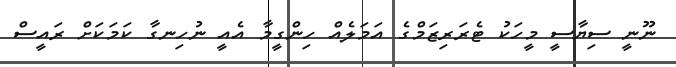
ނޫނީ ސިޔާސީ މީހަކު ޓެރަރިޒަމްގެ އަމަލެއް ހިންގީމާ އެއީ ނުހިނގާ ކަމަކަށް ރައީސް